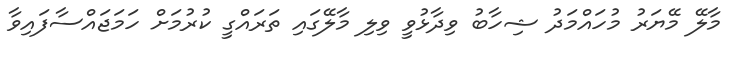
މާލޭ މޭޔަރު މުހައްމަދު ޝިހާބު ވިދާޅުވީ ވިލި މާލޭގައި ތަރައްގީ ކުރުމަށް ހަމަޖައްސާފައިވާ